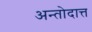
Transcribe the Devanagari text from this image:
अन्तोदात्त